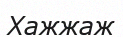
Хажжаж